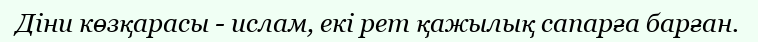
Діни көзқарасы - ислам, екі рет қажылық сапарға барған.